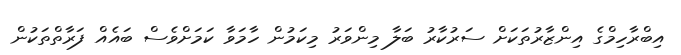
އިބްރާހިމްގެ އިންޒާރުތަކަށް ސަރުކާރު ބަލާ މިންވަރު މިކަމުން ހާމަވާ ކަމަށްވެސް ބައެއް ފަރާތްތަކުން